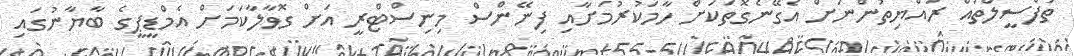
ތަފްސީލްތައް ރައްޔިތުންނަށް އެގޭނެގޮތަކަށް ހާމަކުރުމަށާއި ފިނޭންސް މިނިސްޓްރީ އަށް ގޮވާލާކަމަށް އެމްޑީޕީގެ ބާޔާނުގައި